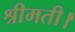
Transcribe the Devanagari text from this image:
श्रीमती।